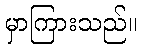
မှာကြားသည်။